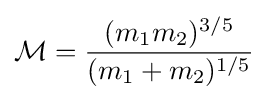
{\mathcal {M}}={\frac {(m_{1}m_{2})^{3/5}}{(m_{1}+m_{2})^{1/5}}}